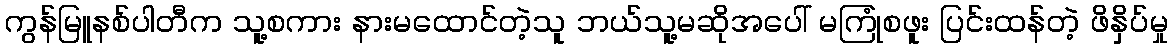
ကွန်မြူနစ်ပါတီက သူ့စကား နားမထောင်တဲ့သူ ဘယ်သူ့မဆိုအပေါ် မကြုံစဖူး ပြင်းထန်တဲ့ ဖိနှိပ်မှု